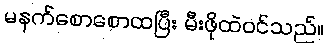
မနက်စောစောထပြီး မီးဖိုထဲဝင်သည်။